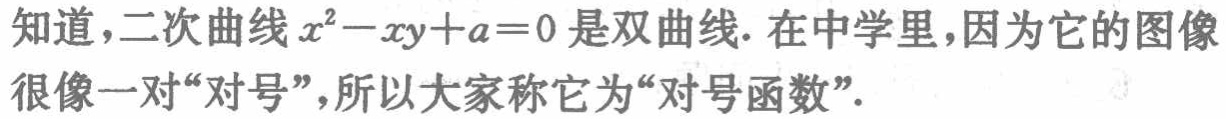
知道，二次曲线\(x^{2}-xy + a = 0\)是双曲线. 在中学里，因为它的图像很像一对“对号”，所以大家称它为“对号函数”.